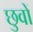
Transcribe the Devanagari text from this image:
छुवों